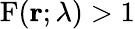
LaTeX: \mathrm{F}(\mathbf{r};\lambda)>1